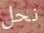
نحل